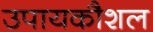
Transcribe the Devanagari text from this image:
उपायकौशल